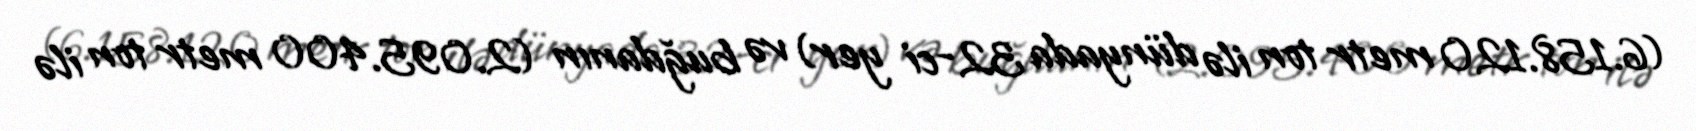
(6.158.120 metr ton ilə dünyada 32-ci yer) və buğdanın (2.095.400 metr ton ilə